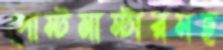
পোস্টমাস্টারসহ